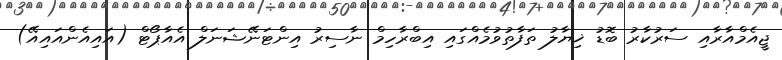
ޖީއެމްއާރާއި ސަރުކާރު ބޮޑު ޚިޔާލު ތަފާތުވުމެއްގައި އިބްރާހިމް ނާސިރު އިންޓަނޭޝަނަލް އެއާޕޯޓް (އައިއެންއައިއޭ)